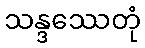
သန္ဒဿေတုံ